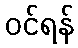
ဝင်ရန်